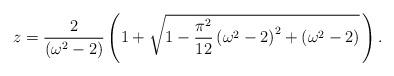
LaTeX: \begin{align*}z=\frac{2}{\left( \omega ^{2}-2\right) }\left( 1+\sqrt{1-\frac{\pi^{2}}{12} \left( \omega ^{2}-2\right) ^{2}+\left( \omega^{2}-2\right) }\,\right) . \end{align*}